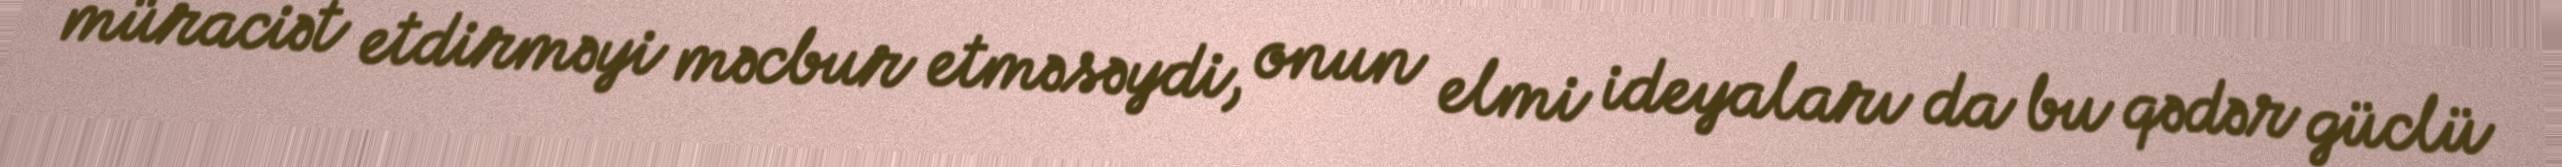
müraciət etdirməyi məcbur etməsəydi, onun elmi ideyaları da bu qədər güclü